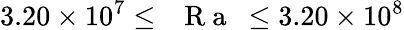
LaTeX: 3.20\times 10^{7}\leq\mathrm{~\textit~{~R~a~}~}\leq 3.20\times 10^{8}